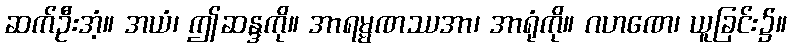
ဆက်ဦးအံ့။ အယံ၊ ဤဆန္ဒကို။ အာရမ္မဏဿအာ၊ အာရုံကို။ ဂဟဏေ၊ ယူခြင်း၌။